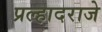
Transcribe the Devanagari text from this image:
प्रल्हादराजे